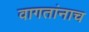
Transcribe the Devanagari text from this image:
वागतांनाच